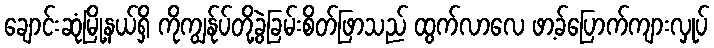
ချောင်းဆုံမြို့နယ်ရှိ ကိုကျွန်ုပ်တို့ခွဲခြမ်းစိတ်ဖြာသည် ထွက်လာလေ ဖာ့ခ်ပြောက်ကျားလှုပ်